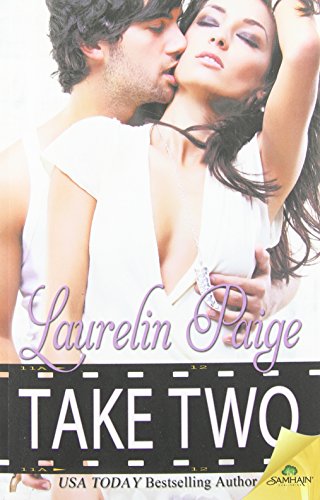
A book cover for Take Two; Laurelin Paige; Humor & Entertainment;